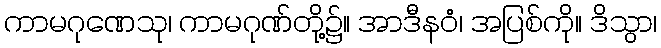
ကာမဂုဏေသု၊ ကာမဂုဏ်တို့၌။ အာဒီနဝံ၊ အပြစ်ကို။ ဒိသွာ၊